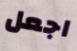
اجعل